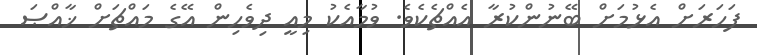
ފަހަރަށް އެޅުމަށް ބޭނުންކުރާ އެއްޗެކެވެ. ވުމާއެކު މިއީ ދިވެހިން އޭގެ މައްޗަށް ޚާއްޞަ